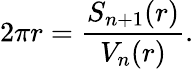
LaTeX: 2\pi r={\frac{S_{n+1}(r)}{V_{n}(r)}}.